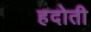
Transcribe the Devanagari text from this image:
हदोती